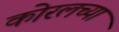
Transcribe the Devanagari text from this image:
काेरलच्या